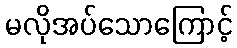
မလိုအပ်သောကြောင့်